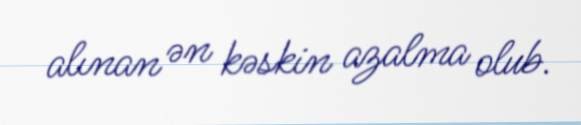
alınan ən kəskin azalma olub.